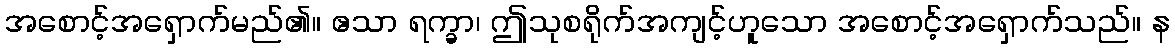
အစောင့်အရှောက်မည်၏။ ဧသာ ရက္ခာ၊ ဤသုစရိုက်အကျင့်ဟူသော အစောင့်အရှောက်သည်။ န